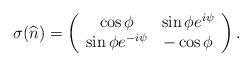
LaTeX: \begin{align*}\sigma(\widehat{n}) = \left(\begin{array}{cc}\cos{\phi} & \sin{\phi} e^{i\psi} \\\sin{\phi} e^{-i\psi} & -\cos{\phi}\end{array}\right).\end{align*}